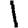
Digit: 1